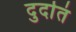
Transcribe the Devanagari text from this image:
दुर्दातं